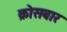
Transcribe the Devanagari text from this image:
क्रोसबार